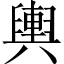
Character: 輿